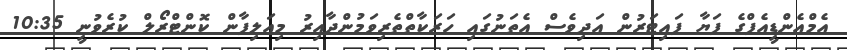
އެމްއެންޑީއެފްގެ ފަޔާ ފައިޓަރުން އަދިވެސް އެތަނުގައި ހަރަކާތްތެރިވަމުންދާއިރު މިއަލިފާން ކޮންޓްރޯލް ކުރެވުނީ 10:35